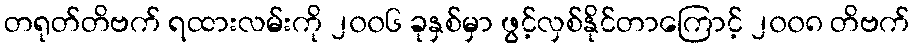
တရုတ်တိဗက် ရထားလမ်းကို ၂၀၀၆ ခုနှစ်မှာ ဖွင့်လှစ်နိုင်တာကြောင့် ၂၀၀၈ တိဗက်